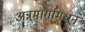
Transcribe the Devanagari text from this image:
अन्नमार्गामधून